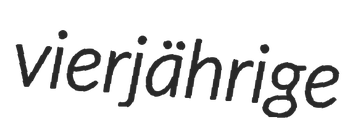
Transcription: vierjährige